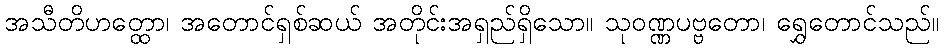
အသီတိဟတ္ထော၊ အတောင်ရှစ်ဆယ် အတိုင်းအရှည်ရှိသော။ သုဝဏ္ဏပဗ္ဗတော၊ ရွှေတောင်သည်။